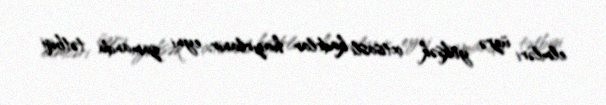
elmləri üzrə yüksək ixtisaslı kadrlar hazırlanır, eyni zamanda tətbiqi